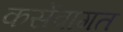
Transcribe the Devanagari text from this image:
कसेंवागत